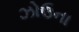
ઝોઉના